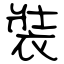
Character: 裝